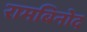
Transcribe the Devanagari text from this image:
रामबिनोद